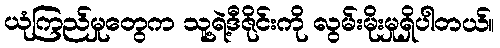
ယုံကြည်မှုတွေက သူ့ရဲ့ဒီဇိုင်းကို လွမ်းမိုးမှုရှိပါတယ်။